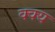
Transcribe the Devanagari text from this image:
क्क्य